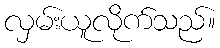
လှမ်းယူလိုက်သည်။